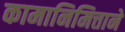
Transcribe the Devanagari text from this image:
कामानिमित्ताने